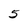
Character: 5